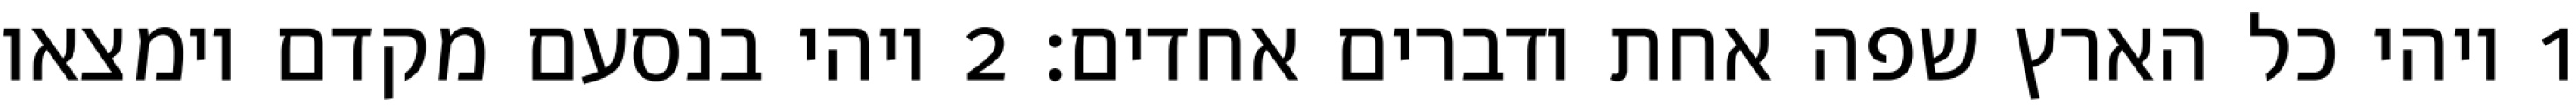
1 ויהי כל הארץ שפה אחת ודברים אחדים׃ ‎2‏ ויהי בנסעם מקדם וימצאו